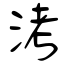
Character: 洘